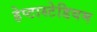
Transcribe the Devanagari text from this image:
हेप्टास्टेडियम